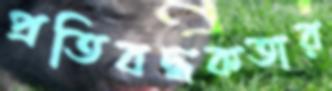
প্রতিবদ্ধকতার